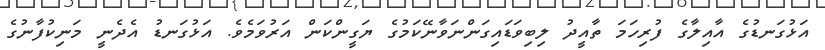
އަޅުގަނޑުގެ އާއިލާގެ ފުރިހަމަ ތާއީދު ލިބިވަޑައިގަންނަވާނޭކަމުގެ ޔަގީންކަން އަރުވަމެވެ. އަޅުގަނޑު އެދެނީ މަނިކުފާނުގެ